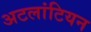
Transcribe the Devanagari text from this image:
अटलांटियन